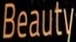
Beauty